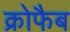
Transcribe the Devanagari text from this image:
क्रोफैब